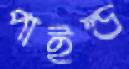
পাইন্ড